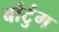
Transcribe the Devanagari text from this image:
बांटुंग